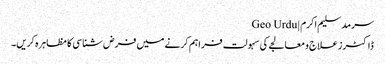
سرمد سلیم اکرم | Geo Urdu
ڈاکٹرز علاج و معالجے کی سہولت فراہم کرنے میں فرض شناسی کا مظاہرہ کریں۔